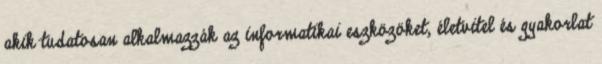
akik tudatosan alkalmazzák az informatikai eszközöket, életvitel és gyakorlat